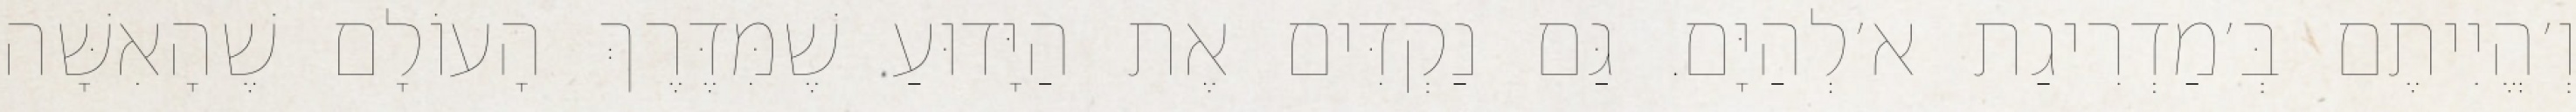
וְ׳הֱיִיתֶם בְּ׳מַדְרִיגַת א׳לְהַיָּם. גַּם נַקְדִּים אֶת הַיָּדוּעַ שֶׁמִּדֶּרֶךְ הָעוֹלָם שֶׁהָאִשָּׁה